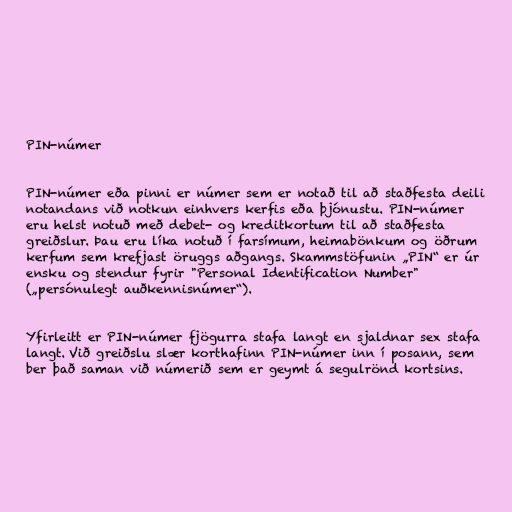
PIN-númer

PIN-númer eða pinni er númer sem er notað til að staðfesta deili
notandans við notkun einhvers kerfis eða þjónustu. PIN-númer
eru helst notuð með debet- og kreditkortum til að staðfesta
greiðslur. Þau eru líka notuð í farsímum, heimabönkum og öðrum
kerfum sem krefjast öruggs aðgangs. Skammstöfunin „PIN“ er úr
ensku og stendur fyrir "Personal Identification Number"
(„persónulegt auðkennisnúmer“).

Yfirleitt er PIN-númer fjögurra stafa langt en sjaldnar sex stafa
langt. Við greiðslu slær korthafinn PIN-númer inn í posann, sem
ber það saman við númerið sem er geymt á segulrönd kortsins.